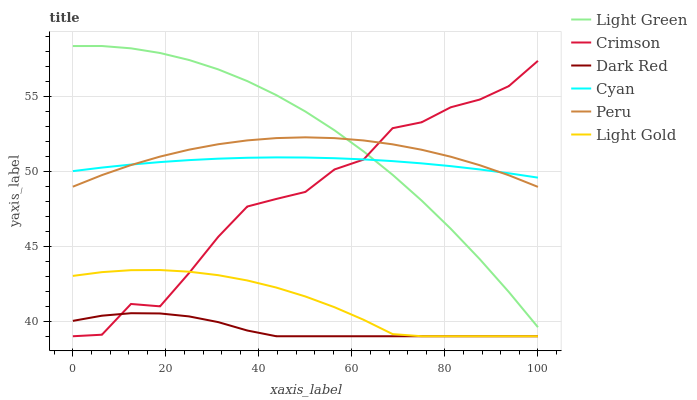
| xaxis_label | Light Green | Crimson | Dark Red | Cyan | Peru | Light Gold |
 | --- | --- | --- | --- | --- | --- | --- |
 | 0 | 58.3 | 39 | 40 | 50 | 49 | 43 |
 | 6.25 | 58.3 | 39.1 | 40.4 | 50.2 | 49.7 | 43.3 |
 | 12.5 | 58.2 | 41.2 | 40.5 | 50.4 | 50.4 | 43.4 |
 | 18.8 | 57.9 | 41 | 40.5 | 50.6 | 51 | 43.4 |
 | 25 | 57.4 | 43.2 | 40.3 | 50.7 | 51.4 | 43.3 |
 | 31.2 | 56.8 | 45.6 | 39.9 | 50.8 | 51.8 | 43.1 |
 | 37.5 | 56 | 47.6 | 39.4 | 50.9 | 52.1 | 42.7 |
 | 43.8 | 55.1 | 48.2 | 39 | 50.9 | 52.2 | 42.2 |
 | 50 | 54 | 48.6 | 39 | 50.9 | 52.3 | 41.7 |
 | 56.2 | 52.7 | 50.1 | 39 | 50.9 | 52.2 | 40.9 |
 | 62.5 | 51.3 | 50.8 | 39 | 50.8 | 52 | 40.1 |
 | 68.8 | 49.8 | 52.9 | 39 | 50.7 | 51.8 | 39.1 |
 | 75 | 48 | 53.3 | 39 | 50.5 | 51.4 | 39 |
 | 81.2 | 46.2 | 54.3 | 39 | 50.3 | 51 | 39 |
 | 87.5 | 44.1 | 54.8 | 39 | 50.1 | 50.4 | 39 |
 | 93.8 | 41.9 | 55.7 | 39 | 49.9 | 49.7 | 39 |
 | 100 | 39.6 | 57.4 | 39 | 49.6 | 49 | 39 |